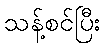
သန့်စင်ပြီး